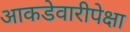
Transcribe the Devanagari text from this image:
आकडेवारीपेक्षा